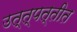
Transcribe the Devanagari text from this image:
उत्त्पत्तीत